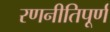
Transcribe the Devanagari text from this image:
रणनीतिपूर्ण